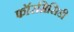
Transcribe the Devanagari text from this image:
फॉरमिसिडी